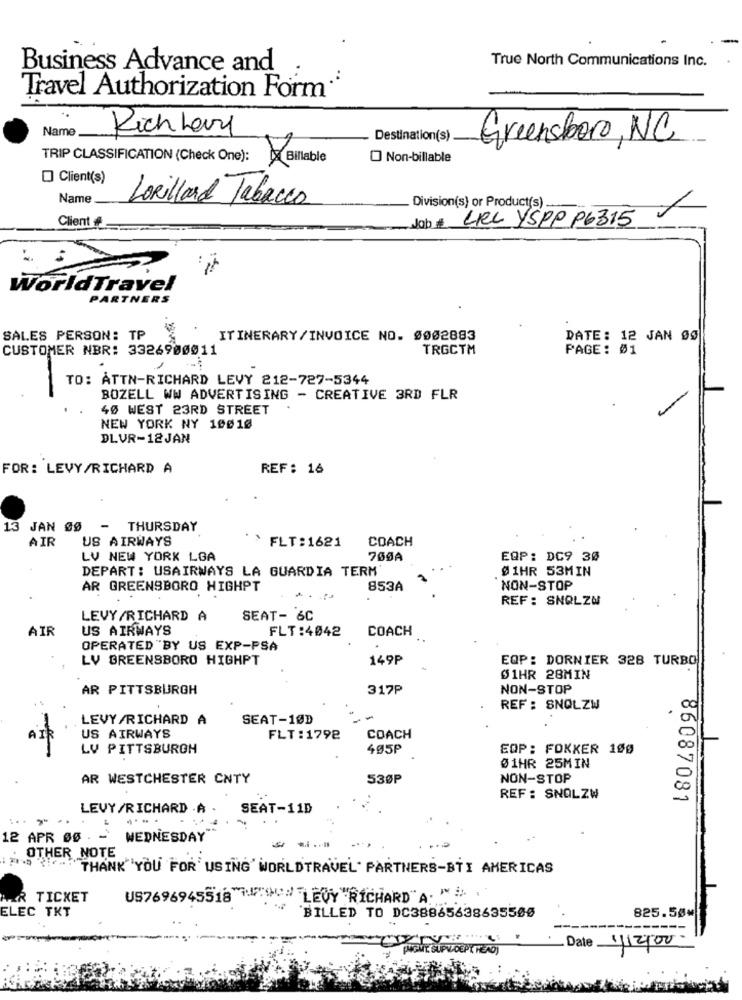
True North Communications Inc.
Business Advance and
Travel Authorization Form
Name
Rich Levy
Destination(s)
Greensboro, NC
TRIP CLASSIFICATION (Check One):
Billable
O Non-billable
Client(s)
Name
LORillard Tabacco
Division(s) or Product(s)
Client
Job # LEL YSPPP6315
WorldTravel
ARTNER
SALES PERSON: TP
ITINERARY /INVOICE NO. 9002883
DATE: 12 JAN 99
CUSTOMER NBR: 3326900011
TRGCTM
PAGE: 51
..
TO: ATTN-RICHARD LEVY 212-727-5344
BOZELL WW ADVERTISING - CREATIVE 3RD FLR
40 WEST 23RD STREET
NEW YORK NY 10010
DLVR-12JAN
FOR: LEVY/RICHARD A
REF: 16
13 JAN 09 - THURSDAY
AIR
US AIRWAYS
FLT: 1621
COACH
LV NEW YORK LGA
700A
EQP: DC9 30
DEPART: USAIRWAYS LA GUARDIA TERM
@ 1HR 53MIN
AR GREENSBORO HIGHPT
853A
NON-STOP
REF: SNQLZN
LEVY/RICHARD A
SEAT- 6C
AIR
US AIRWAYS
FLT:4042
COACH
OPERATED BY US EXP-PSA
LV GREENSBORO HIGHPT
149P
EQP: DORNIER 328 TURBO
$1HR 28MIN
AR PITTSBURGH
317P
NON-STOP
REF : SNOLZW
.
LEVY/RICHARD A
SEAT-1ØD
US AIRWAYS
FLT:1792
COACH
LV PITTSBURGH
405P
EOP: FOKKER 100
Ø1HR 25MIN
AR WESTCHESTER CNTY
53ØP
NON-STOP
REF: SNOLZW
86087081
LEVY/RICHARD . A
SEAT-11D
12 APR ØS . -
WEDNESDAY
OTHER NOTE
THANK YOU FOR USING' WORLDTRAVEL PARTNERS-BTI AMERICAS
R TICKET
US7696945518 1799" "LE0Y "RICHARD" A. "
ELEC TKT
825.50%
BILLED TO DC38865638635586
NGMIT SUPV DEP ( HEAD)
Date 1/12/00-